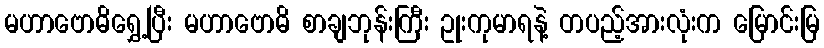
မဟာဗောဓိရွှေ့ပြီး မဟာဗောဓိ စာချဘုန်းကြီး ဥုးကုမာရနဲ့ တပည့်အားလုံးက မြောင်းမြ